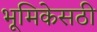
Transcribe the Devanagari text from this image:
भूमिकेसठी